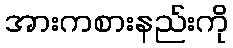
အားကစားနည်းကို